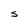
Character: S